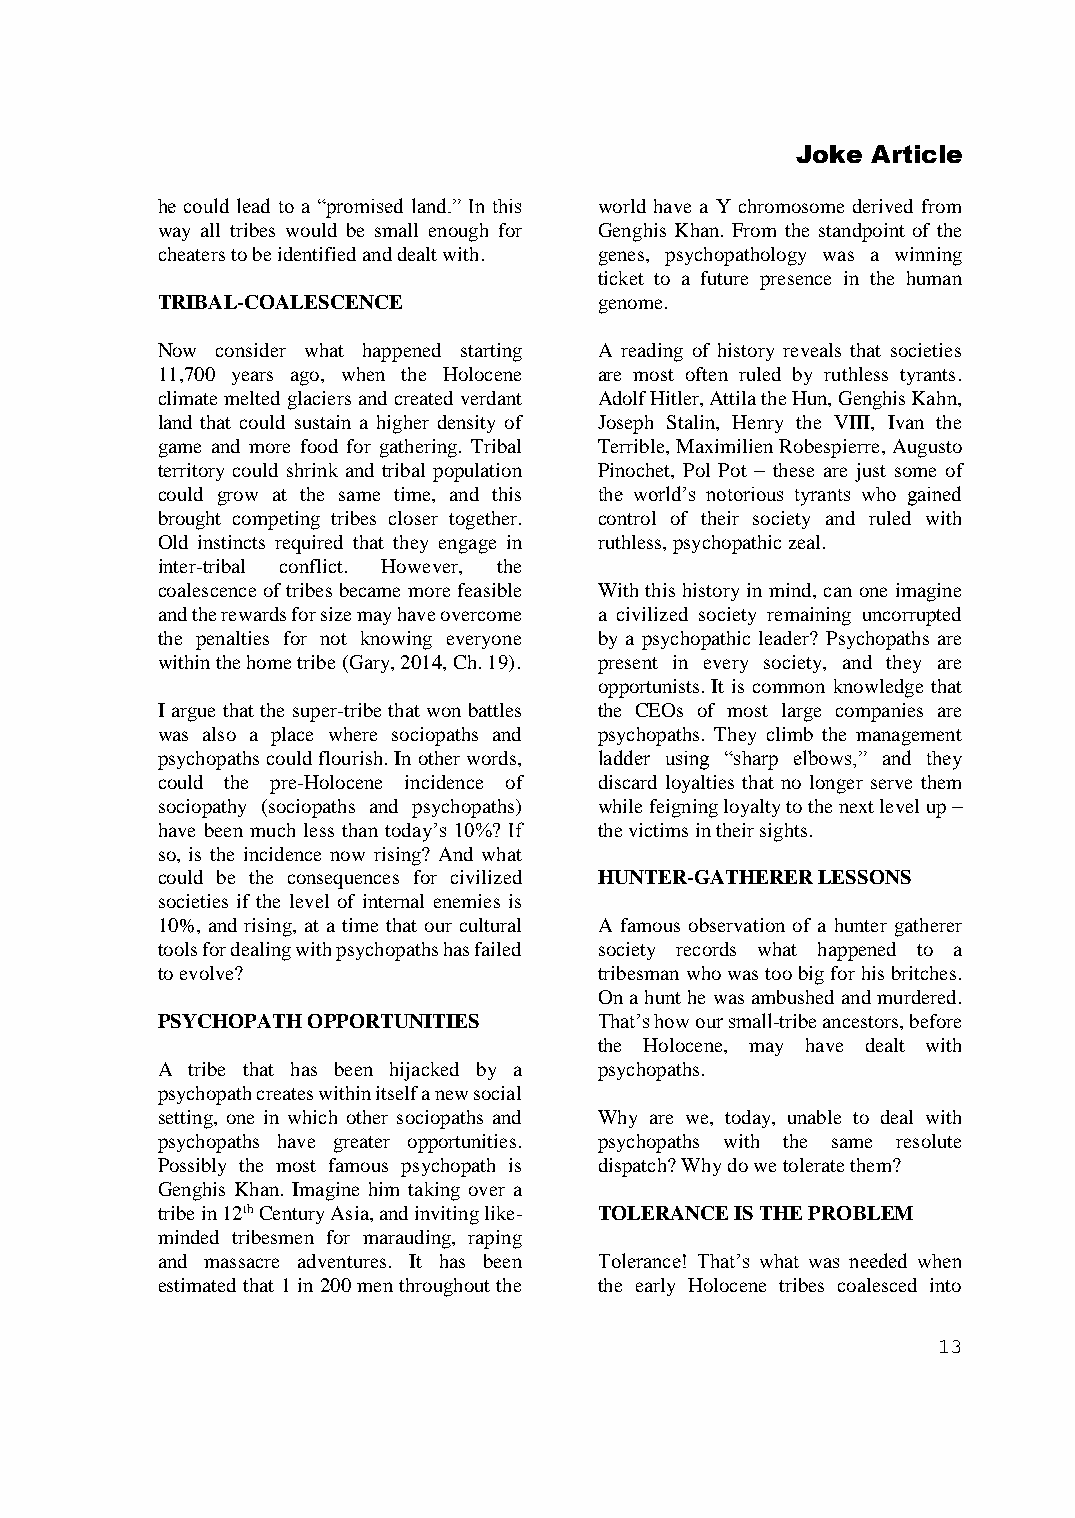
Joke Article
 he could lead to a “promised land.” In this world have a Y chromosome derived from
 way all tribes would be small enough for Genghis Khan. From the standpoint of the
 cheaters to be identified and dealt with. genes, psychopathology was a winning
 ticket to a future presence in the human
 TRIBAL-COALESCENCE            genome.
 Now consider what happened starting A reading of history reveals that societies
 11,700 years ago, when the Holocene are most often ruled by ruthless tyrants.
 climate melted glaciers and created verdant Adolf Hitler, Attila the Hun, Genghis Kahn,
 land that could sustain a higher density of Joseph Stalin, Henry the VIII, Ivan the
 game and more food for gathering. Tribal Terrible, Maximilien Robespierre, Augusto
 territory could shrink and tribal population Pinochet, Pol Pot – these are just some of
 could grow at the same time, and this the world’s notorious tyrants who gained
 brought competing tribes closer together. control of their society and ruled with
 Old instincts required that they engage in ruthless, psychopathic zeal.
 inter-tribal conflict. However, the
 coalescence of tribes became more feasible With this history in mind, can one imagine
 and the rewards for size may have overcome a civilized society remaining uncorrupted
 the penalties for not knowing everyone by a psychopathic leader? Psychopaths are
 within the home tribe (Gary, 2014, Ch. 19). present in every society, and they are
 opportunists. It is common knowledge that
 I argue that the super-tribe that won battles the CEOs of most large companies are
 was also a place where sociopaths and psychopaths. They climb the management
 psychopaths could flourish. In other words, ladder using “sharp elbows,” and they
 could the pre-Holocene incidence of discard loyalties that no longer serve them
 sociopathy (sociopaths and psychopaths) while feigning loyalty to the next level up –
 have been much less than today’s 10%? If the victims in their sights.
 so, is the incidence now rising? And what
 could be the consequences for civilized HUNTER-GATHERER LESSONS
 societies if the level of internal enemies is
 10%, and rising, at a time that our cultural A famous observation of a hunter gatherer
 tools for dealing with psychopaths has failed society records what happened to a
 to evolve?                    tribesman who was too big for his britches.
 On a hunt he was ambushed and murdered.
 PSYCHOPATH OPPORTUNITIES      That’s how our small-tribe ancestors, before
 the Holocene, may have dealt with
 A tribe that has been hijacked by a psychopaths.
 psychopath creates within itself a new social
 setting, one in which other sociopaths and Why are we, today, unable to deal with
 psychopaths have greater opportunities. psychopaths with the same resolute
 Possibly the most famous psychopath is dispatch? Why do we tolerate them?
 Genghis Khan. Imagine him taking over a
 tribe in 12th Century Asia, and inviting like- TOLERANCE IS THE PROBLEM
 minded tribesmen for marauding, raping
 and massacre adventures. It has been Tolerance! That’s what was needed when
 estimated that 1 in 200 men throughout the the early Holocene tribes coalesced into
 13